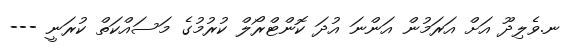
ނ.ވެލިދޫ އަށް އަރަމުން އަންނަ އުދަ ކޮންޓްރޯލް ކުރުމުގެ މަސައްކަތް ކުރަނީ ---